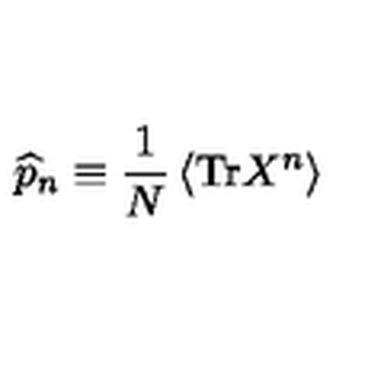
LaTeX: \widehat { p } _ { n } \equiv \frac { 1 } { N } \left\langle \mathrm { T r } X ^ { n } \right\rangle